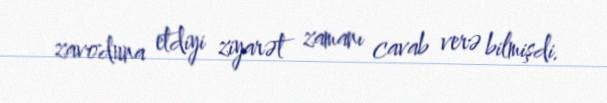
zavoduna etdiyi ziyarət zamanı cavab verə bilmişdi.